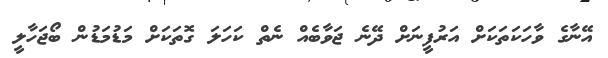
އޭނާގެ ވާހަކަތަކަށް އަރުފީނަށް ދޭނެ ޖަވާބެއް ނެތް ކަހަލަ ގޮތަކަށް މަޑުމަޑުން ބޯޖަހާލީ